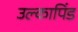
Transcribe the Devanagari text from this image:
उल्‍कापिंड